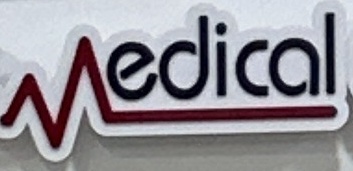
Medical